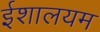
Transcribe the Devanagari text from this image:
ईशालयम